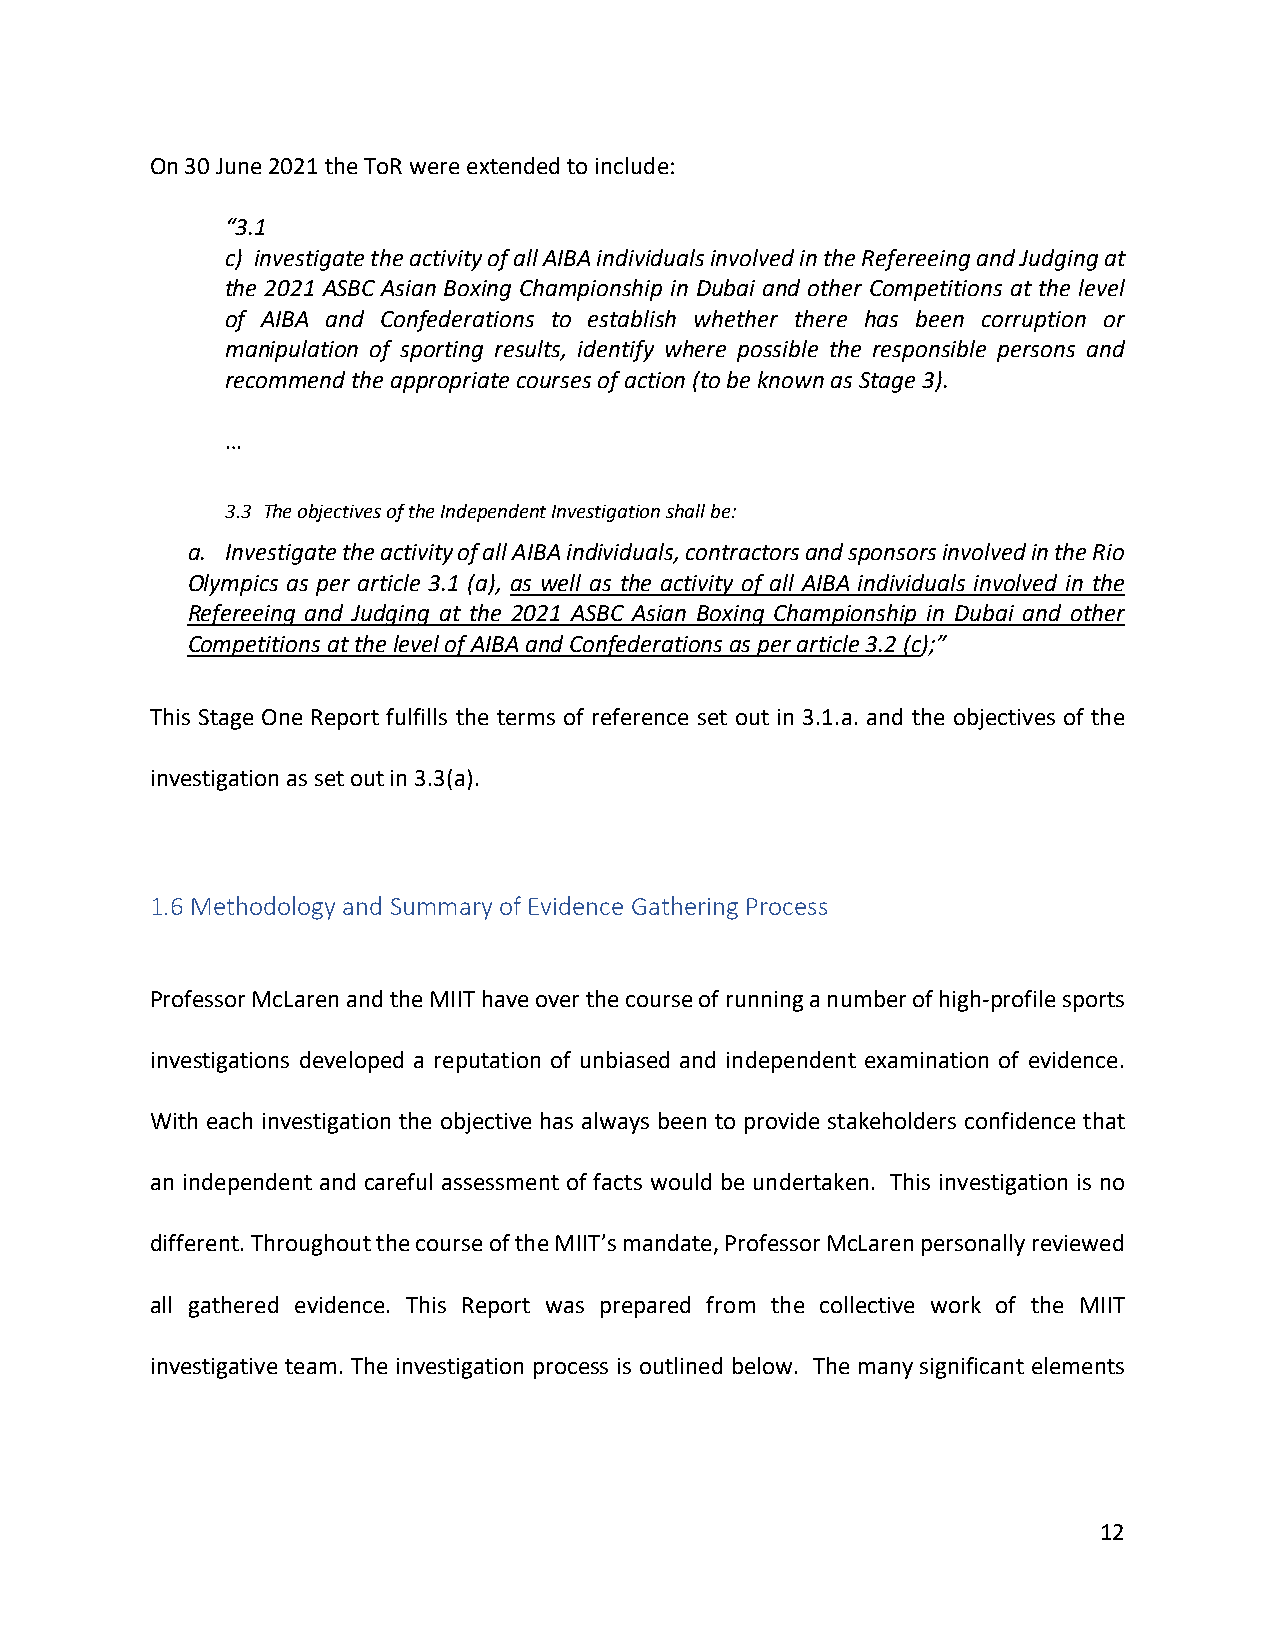
On 30 June 2021 the ToR were extended to include:
 “3.1
 c) investigate the activity of all AIBA individuals involved in the Refereeing and Judging at
 the 2021 ASBC Asian Boxing Championship in Dubai and other Competitions at the level
 of AIBA and Confederations to establish whether there has been corruption or
 manipulation of sporting results, identify where possible the responsible persons and
 recommend the appropriate courses of action (to be known as Stage 3).
 …
 3.3 The objectives of the Independent Investigation shall be:
 a. Investigate the activity of all AIBA individuals, contractors and sponsors involved in the Rio
 Olympics as per article 3.1 (a), as well as the activity of all AIBA individuals involved in the
 Refereeing and Judging at the 2021 ASBC Asian Boxing Championship in Dubai and other
 Competitions at the level of AIBA and Confederations as per article 3.2 (c);”
 This Stage One Report fulfills the terms of reference set out in 3.1.a. and the objectives of the
 investigation as set out in 3.3(a).
 1.6 Methodology and Summary of Evidence Gathering Process
 Professor McLaren and the MIIT have over the course of running a number of high-profile sports
 investigations developed a reputation of unbiased and independent examination of evidence.
 With each investigation the objective has always been to provide stakeholders confidence that
 an independent and careful assessment of facts would be undertaken. This investigation is no
 different. Throughout the course of the MIIT’s mandate, Professor McLaren personally reviewed
 all gathered evidence. This Report was prepared from the collective work of the MIIT
 investigative team. The investigation process is outlined below. The many significant elements
 12